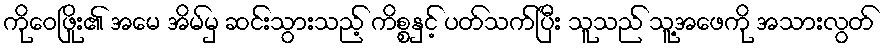
ကိုဝေဖြိုး၏ အမေ အိမ်မှ ဆင်းသွားသည့် ကိစ္စနှင့် ပတ်သက်ပြီး သူသည် သူ့အဖေကို အသားလွတ်